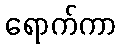
ရောက်ကာ